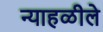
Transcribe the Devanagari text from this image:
न्याहळीले